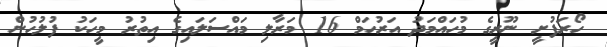
ހޯރަފުށީ ނޫރީގެ މުހައްމަދު އަރުހަމް 16 މަރާލި މައްސަލައިގެ އިތުރު މީހަކު ފުލުހުން